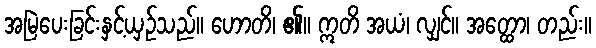
အမြဲပေးခြင်းနှင့်ယှဉ်သည်။ ဟောတိ၊ ၏။ ဣတိ အယံ၊ လျှင်။ အတ္ထော၊ တည်း။